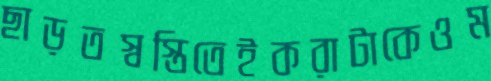
ছাড়তস্বস্তিতেইকরাটাকেওম